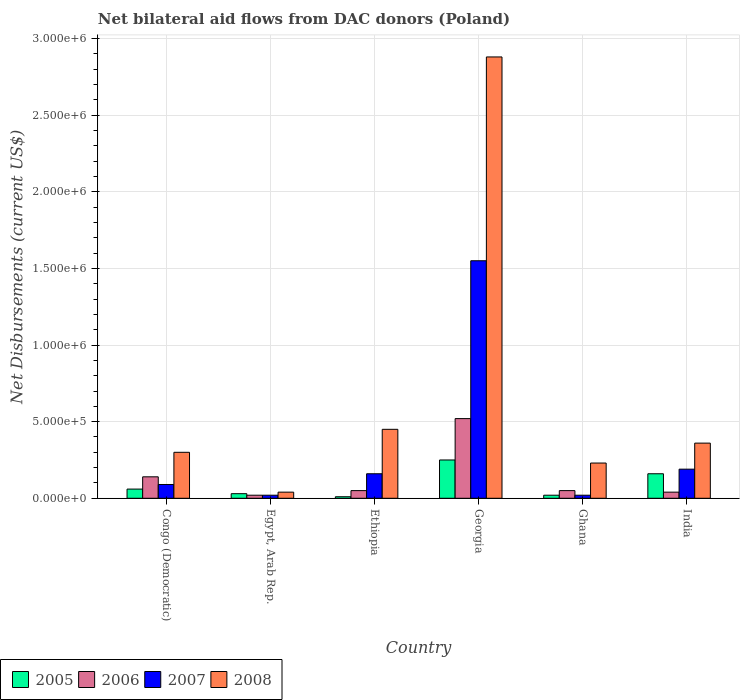
| Country | 2005 | 2006 | 2007 | 2008 |
 | --- | --- | --- | --- | --- |
 | Congo (Democratic) | 6e+04 | 1.4e+05 | 9e+04 | 3e+05 |
 | Egypt, Arab Rep. | 3e+04 | 2e+04 | 2e+04 | 4e+04 |
 | Ethiopia | 1e+04 | 5e+04 | 1.6e+05 | 4.5e+05 |
 | Georgia | 2.5e+05 | 5.2e+05 | 1.55e+06 | 2.88e+06 |
 | Ghana | 2e+04 | 5e+04 | 2e+04 | 2.3e+05 |
 | India | 1.6e+05 | 4e+04 | 1.9e+05 | 3.6e+05 |